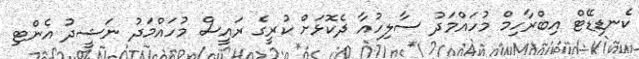
ކެނޑިޑޭޓް އިބްރާހިމް މުހައްމަދު ސާލިހުއާ ދެކޮޅަށް ކުރީގެ ރައީސް މުހައްމަދު ނަޝީދު އެންޓި